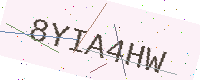
Text: 8YIA4HW